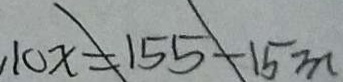
1 0 x = 1 5 5 - 1 5 m